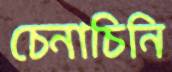
চেনাচিনি